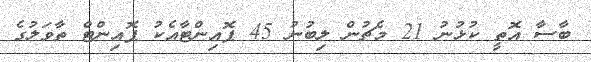
ބާސާ އޮތީ ކުޅުނު 21 މެޗުން ލިބުނު 45 ޕޮއިންޓާއެކު ޕޮއިންޓް ތާވަލުގެ